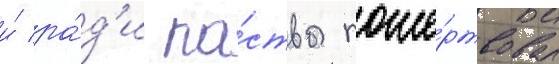
и́ ра́д'и па́ствы поже́ртвовал